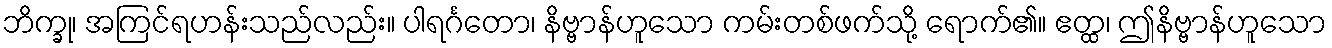
ဘိက္ခု၊ အကြင်ရဟန်းသည်လည်း။ ပါရင်္ဂတော၊ နိဗ္ဗာန်ဟူသော ကမ်းတစ်ဖက်သို့ ရောက်၏။ ဧတ္ထ၊ ဤနိဗ္ဗာန်ဟူသော